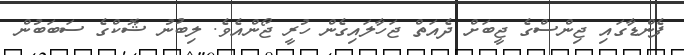
ފެންޑާގައި ޖިންސްގެ ޖީބަށް ދެއަތް ޖަހާލައިގެން ހުރީ ޖޯންއެވެ. ލިބުނު ޝޮކްގެ ސަބަބުން